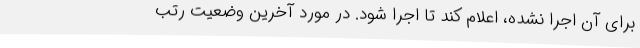
برای آن اجرا نشده، اعلام کند تا اجرا شود. در مورد آخرین وضعیت رتب